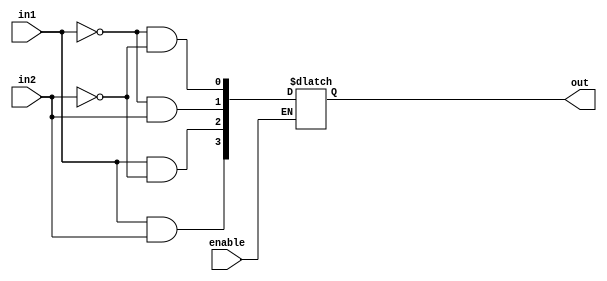
module demux2to4(out,in1,in2,enable);

output reg [3:0] out;
input in1,in2,enable;
always @(enable,in1,in2) // outputs should be change when in1,in2 or enable signal changes
begin
if(enable==1)
begin
 out[0]=(~in1) && (~in2);		// 00	
 out[1]=(~in1) && in2;			// 01
 out[2]=in1 && (~in2);			//10
 out[3]=in1 && in2;				//11


end
end

endmodule